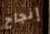
إنجاح